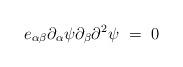
LaTeX: \begin{align*}e_{\alpha\beta}\partial_{\alpha}\psi\partial_{\beta}\partial^{2 }\psi~=~0\end{align*}